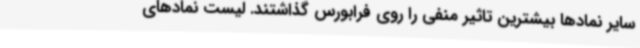
سایر نمادها بیشترین تاثیر منفی را روی فرابورس گذاشتند. لیست نمادهای